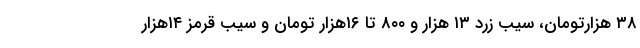
۳۸ هزارتومان، سیب زرد ۱۳ هزار و ۸۰۰ تا ۱۶هزار تومان و سیب قرمز ۱۴هزار